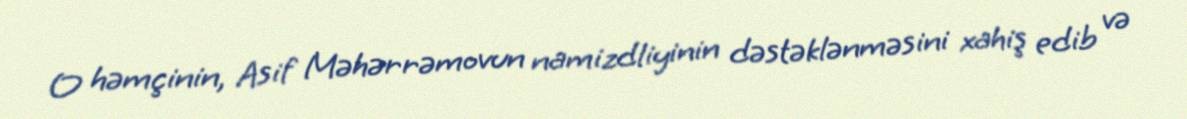
O həmçinin, Asif Məhərrəmovun namizdliyinin dəstəklənməsini xahiş edib və